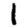
Digit: 1